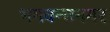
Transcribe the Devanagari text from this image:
भगवन्तनगर